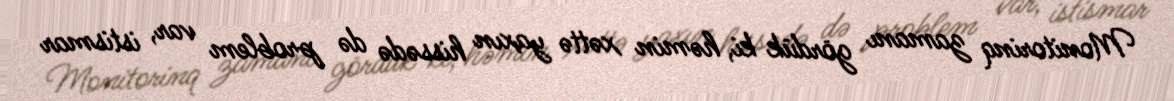
Monitorinq zamanı gördük ki, həmin xəttə yaxın hissədə də problem var, istismar